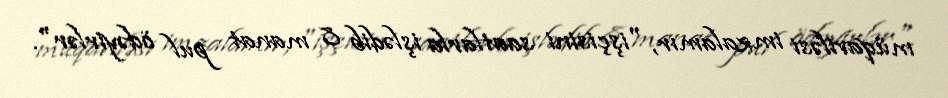
müqaviləsi imzalamır, "işçisini saatlarla işlədib 8 manat pul ödəyirlər".